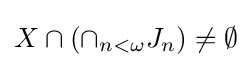
X\cap (\cap _{n<\omega }J_{n})\neq \emptyset